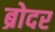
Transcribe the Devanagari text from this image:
ब्रोदर